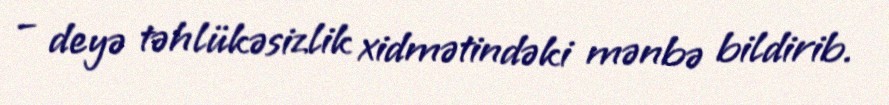
– deyə təhlükəsizlik xidmətindəki mənbə bildirib.